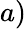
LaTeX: a)